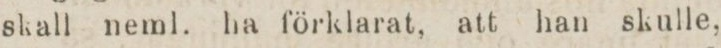
skall neml. ha förklarat, att han skulle,